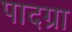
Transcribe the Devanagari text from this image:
पादग्रा